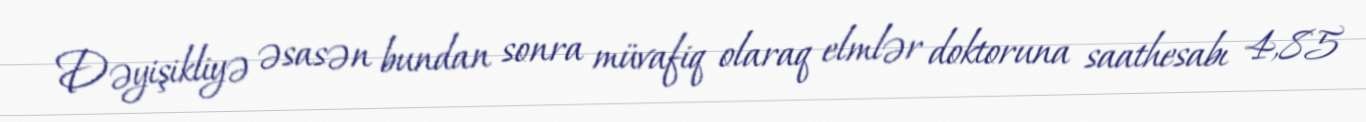
Dəyişikliyə əsasən bundan sonra müvafiq olaraq elmlər doktoruna saathesabı 4,85